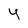
Character: y